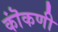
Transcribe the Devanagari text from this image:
कॊंकणी